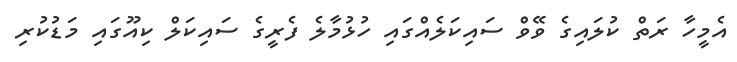
އެމީހާ ރަތް ކުލައިގެ ވޭވް ސައިކަލެއްގައި ހުޅުމާލެ ފެރީގެ ސައިކަލް ކިއޫގައި މަޑުކުރި